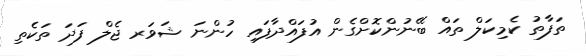
ތަފާތު ކެމިކަލް ތައް ބޭނުންކޮށްގެން އުފައްދާފައި ހުންނަ ޝަވަރ ޖެލް ފަދަ ތަކެތި